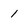
Character: 1